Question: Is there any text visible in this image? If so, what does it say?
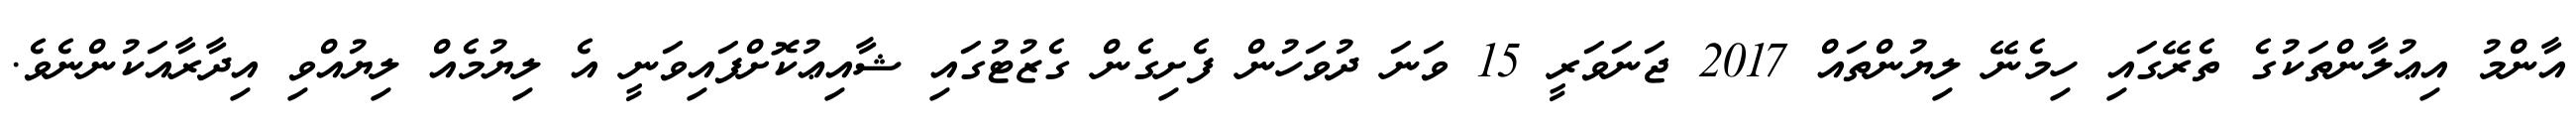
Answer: އާންމު އިޢުލާންތަކުގެ ތެރޭގައި ހިމެނޭ ލިޔުންތައް 2017 ޖަނަވަރީ 15 ވަނަ ދުވަހުން ފެށިގެން ގެޒުޓުގައި ޝާއިޢުކޮށްފައިވަނީ އެ ލިޔުމެއް ލިޔުއްވި އިދާރާއަކުންނެވެ.